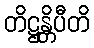
တိဋ္ဌန္တိပီတိ